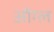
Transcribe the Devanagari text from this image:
ऑग्ल